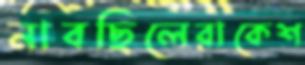
নাবছিলেরাকেশ